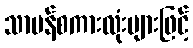
သာမန်စကားလုံးများဖြင့်